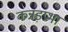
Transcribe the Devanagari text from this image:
कन्नड़प्रभा